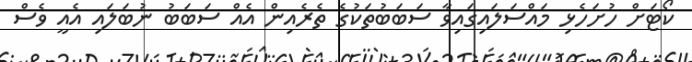
ކޯޓަށް ހުށަހެޅި މައްސަލައިގައިވާ ސަބަބުތަކުގެ ތެރެއިން އެއް ސަބަބު ނުބަލައި އެއީ ވެސް